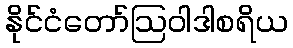
နိုင်ငံတော်ဩဝါဒါစရိယ